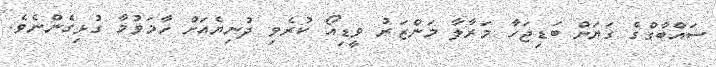
ސައްބާގްގެ ގަޔަށް ބަޑިޖަހާ މަރާލާ މަންޒަރު ވީޑިއޯ ކުރެވި ދުނިޔެއަށް ހާމަވުމާ ގުޅިގެންނެވެ.